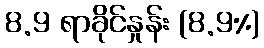
8.9 ရာခိုင်နှုန်း (8.9%)